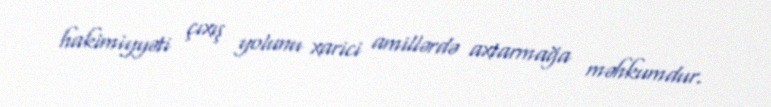
hakimiyyəti çıxış yolunu xarici amillərdə axtarmağa məhkumdur.